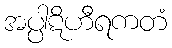
အပ္ပါဋိဟီရကတံ